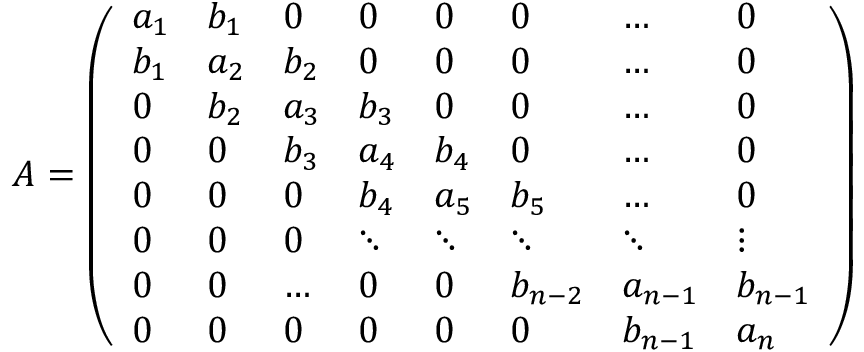
A = \left( \begin{array} { l l l l l l l l } { a _ { 1 } } & { b _ { 1 } } & { 0 } & { 0 } & { 0 } & { 0 } & { \dots } & { 0 } \\ { b _ { 1 } } & { a _ { 2 } } & { b _ { 2 } } & { 0 } & { 0 } & { 0 } & { \dots } & { 0 } \\ { 0 } & { b _ { 2 } } & { a _ { 3 } } & { b _ { 3 } } & { 0 } & { 0 } & { \dots } & { 0 } \\ { 0 } & { 0 } & { b _ { 3 } } & { a _ { 4 } } & { b _ { 4 } } & { 0 } & { \dots } & { 0 } \\ { 0 } & { 0 } & { 0 } & { b _ { 4 } } & { a _ { 5 } } & { b _ { 5 } } & { \dots } & { 0 } \\ { 0 } & { 0 } & { 0 } & { \ddots } & { \ddots } & { \ddots } & { \ddots } & { \vdots } \\ { 0 } & { 0 } & { \dots } & { 0 } & { 0 } & { b _ { n - 2 } } & { a _ { n - 1 } } & { b _ { n - 1 } } \\ { 0 } & { 0 } & { 0 } & { 0 } & { 0 } & { 0 } & { b _ { n - 1 } } & { a _ { n } } \end{array} \right)